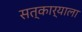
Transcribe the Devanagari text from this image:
सत्कार्याला